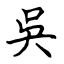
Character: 吳